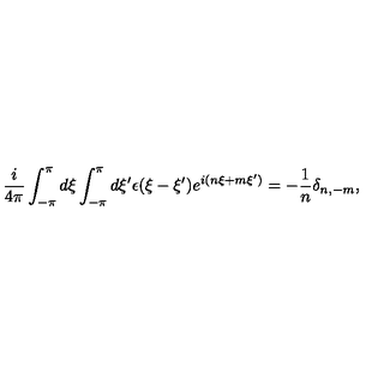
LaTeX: \frac { i } { 4 \pi } \int _ { - \pi } ^ { \pi } d \xi \int _ { - \pi } ^ { \pi } d \xi ^ { \prime } \epsilon ( \xi - \xi ^ { \prime } ) e ^ { i ( n \xi + m \xi ^ { \prime } ) } = - \frac { 1 } { n } \delta _ { n , - m } , \nonumber